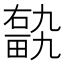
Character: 𤲽